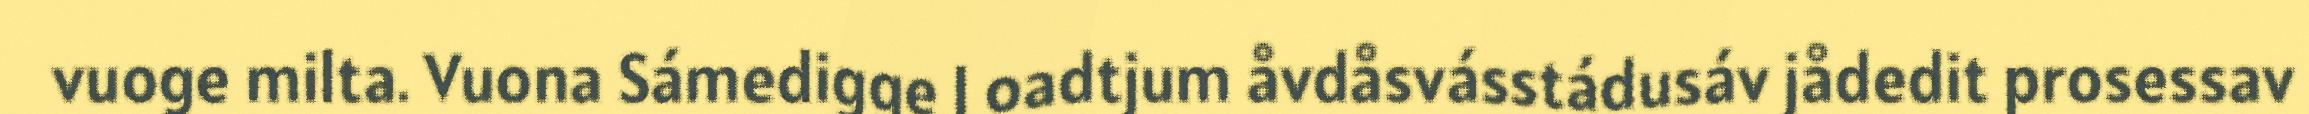
vuoge milta. Vuona Sámedigge l oadtjum åvdåsvásstádusáv jådedit prosessav